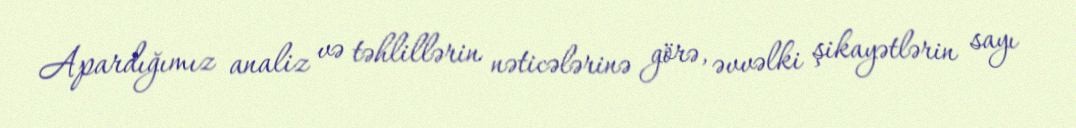
Apardığımız analiz və təhlillərin nəticələrinə görə, əvvəlki şikayətlərin sayı